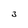
Character: 3